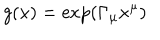
g ( x ) = \exp ( \Gamma _ { \mu } x ^ { \mu } )